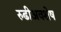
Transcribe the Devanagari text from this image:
रुढीअवशेष